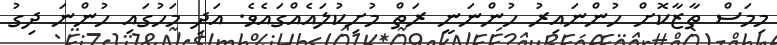
މިމަސް ތާޒާކޮށް ހުންނައިރު ހުންނަނީ ރަތް މުށިކުލައެއްގައެވެ. އަދި މަހުގައި ހުންނަ ދިގު